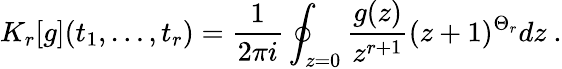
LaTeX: K_{r}[g](t_{1},\ldots,t_{r})={\frac{1}{2\pi i}}\oint_{z=0}{\frac{g(z)}{z^{r+1}}}(z+1)^{\Theta_{r}}dz\ .